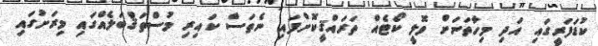
ކުޑަފަރީގައި އަދި މިހާތަނަށް ވޮލީ ކޯޓެއް ތަރައްޤީކޮށްފައި ނެތަސް ކައިރި މުސްތަޤްބަލެއްގައި މިރަށުގައި